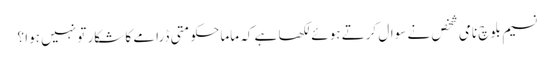
نسیم بلوچ نامی شخص نے سوال کرتے ہوئے لکھا ہے کہ ماما حکومتی ڈرامے کا شکار تو نہیں ہوا ؟